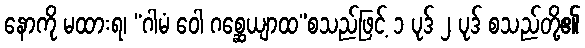
နောကို မထားရ၊ “ဂါမံ ဝေါ ဂစ္ဆေယျာထ”စသည်ဖြင့် ၁ ပုဒ် ၂ ပုဒ် စသည်တို့၏